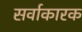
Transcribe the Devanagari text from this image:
सर्वाकारक